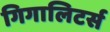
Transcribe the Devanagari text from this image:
गिगालिटर्स